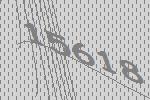
15618